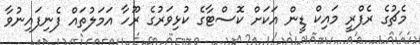
މެޗުގެ ރެފްރީ މައިކް ޑީން އަކަށް ކޮސްޓާގެ ކުޅިވަރުގެ ރޫހާ އަމަލުތައް ފެނިފައިނުވާ